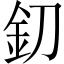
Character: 釖